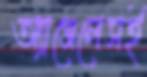
অ্যাঞ্জেলেসই